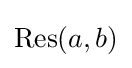
\operatorname {Res} (a,b)